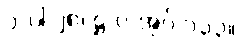
၁-ပါ-၂၈၊ ဋ္ဌ-ပ-အုပ်-၁၃၃။